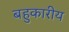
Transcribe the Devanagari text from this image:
बहुकारीय